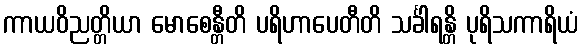
ကာယဝိညတ္တိယာ မောစေန္တီတိ ပရိဟာပေတီတိ သင်္ခါရန္တိ ပုရိသကာရိယံ